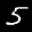
Label: 5